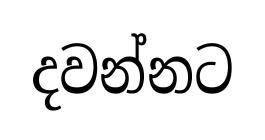
දවන්නට